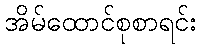
အိမ်ထောင်စုစာရင်း